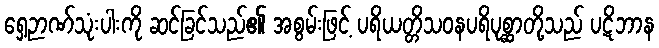
ရှေ့ဉာဏ်သုံးပါးကို ဆင်ခြင်သည်၏ အစွမ်းဖြင့် ပရိယတ္တိသဝနပရိပုစ္ဆာတို့သည် ပဋိဘာန